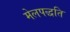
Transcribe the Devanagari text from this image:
मेलपद्धति